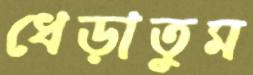
ধেড়াতুম